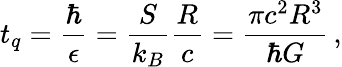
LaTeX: t_{q}=\frac{\hbar}{\epsilon}=\frac{S}{k_{B}}\frac{R}{c}=\frac{\pi c^{2}R^{3}}{\hbar G}\, ,